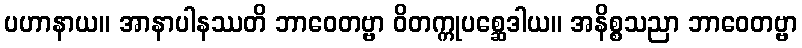
ပဟာနာယ။ အာနာပါနဿတိ ဘာဝေတဗ္ဗာ ဝိတက္ကုပစ္ဆေဒါယ။ အနိစ္စသညာ ဘာဝေတဗ္ဗာ